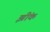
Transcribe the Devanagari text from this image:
झींक